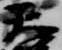
天